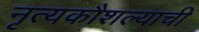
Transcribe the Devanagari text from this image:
नृत्यकौशल्याची